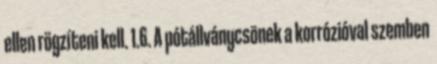
ellen rögzíteni kell. 1.6. A pótállványcsõnek a korrózióval szemben